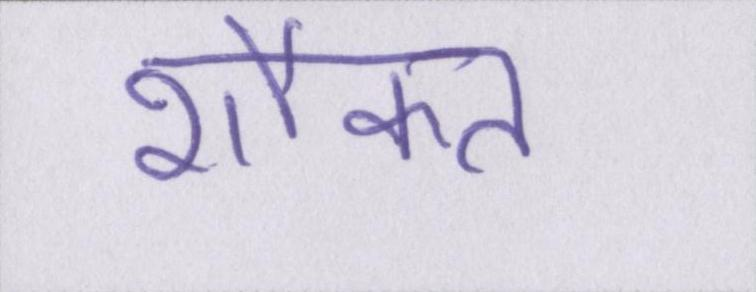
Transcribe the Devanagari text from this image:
शौकत